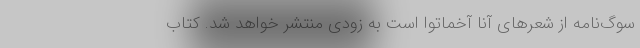
سوگ‌نامه از شعرهایِ آنّا آخماتُوا است به زودی منتشر خواهد شد. کتاب